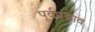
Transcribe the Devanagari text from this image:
पूर्वप्रभाव